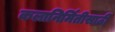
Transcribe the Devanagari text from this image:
कलानिर्मितीसाठी